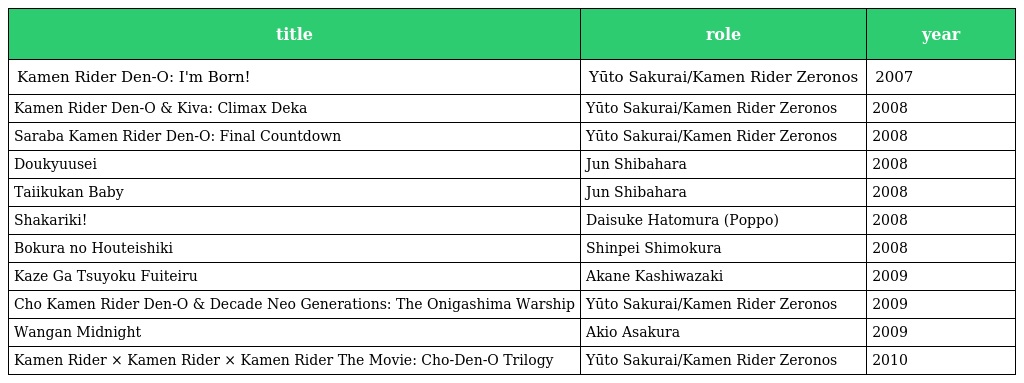
| title | role | year |
 | --- | --- | --- |
 | Kamen Rider Den-O: I'm Born! | Yūto Sakurai/Kamen Rider Zeronos | 2007 |
 | Kamen Rider Den-O & Kiva: Climax Deka | Yūto Sakurai/Kamen Rider Zeronos | 2008 |
 | Saraba Kamen Rider Den-O: Final Countdown | Yūto Sakurai/Kamen Rider Zeronos | 2008 |
 | Doukyuusei | Jun Shibahara | 2008 |
 | Taiikukan Baby | Jun Shibahara | 2008 |
 | Shakariki! | Daisuke Hatomura (Poppo) | 2008 |
 | Bokura no Houteishiki | Shinpei Shimokura | 2008 |
 | Kaze Ga Tsuyoku Fuiteiru | Akane Kashiwazaki | 2009 |
 | Cho Kamen Rider Den-O & Decade Neo Generations: The Onigashima Warship | Yūto Sakurai/Kamen Rider Zeronos | 2009 |
 | Wangan Midnight | Akio Asakura | 2009 |
 | Kamen Rider × Kamen Rider × Kamen Rider The Movie: Cho-Den-O Trilogy | Yūto Sakurai/Kamen Rider Zeronos | 2010 |